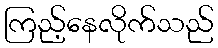
ကြည့်နေလိုက်သည်